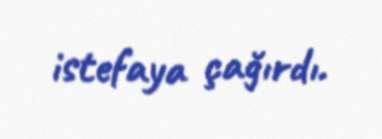
istefaya çağırdı.